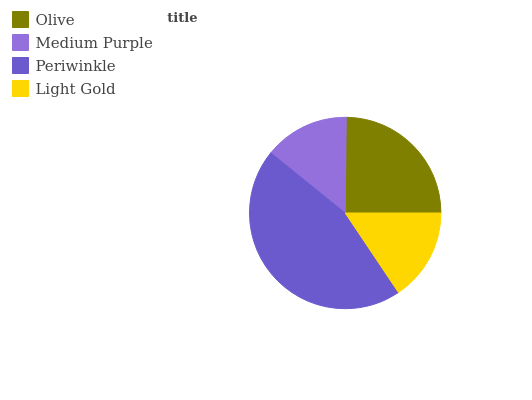
| Olive | Medium Purple | Periwinkle | Light Gold |
 | --- | --- | --- | --- |
 | 24.8% | 14.4% | 45.2% | 15.6% |